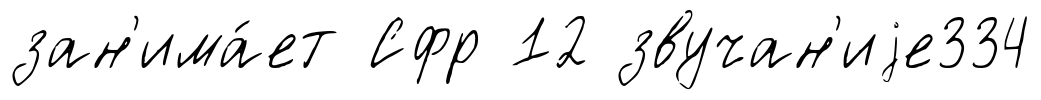
зан'има́ет Сфр 12 звучан'иjе334